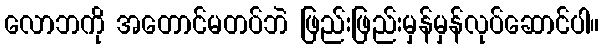
လောဘကို အတောင်မတပ်ဘဲ ဖြည်းဖြည်းမှန်မှန်လုပ်ဆောင်ပါ။